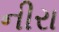
નીરા